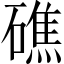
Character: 礁